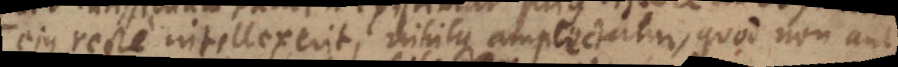
ejus recte intellexerit, nihilque amplectatur, quod non aut